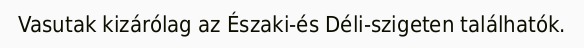
Vasutak kizárólag az Északi-és Déli-szigeten találhatók.